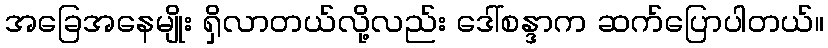
အခြေအနေမျိုး ရှိလာတယ်လို့လည်း ဒေါ်စန္ဒာက ဆက်ပြောပါတယ်။